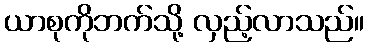
ယာစုကိုဘက်သို့ လှည့်လာသည်။